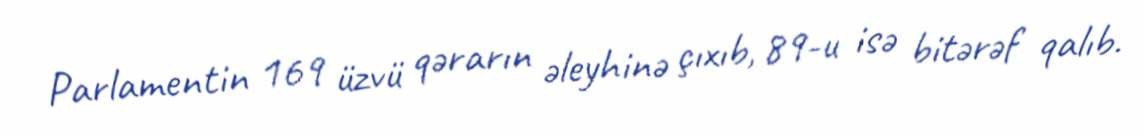
Parlamentin 169 üzvü qərarın əleyhinə çıxıb, 89-u isə bitərəf qalıb.